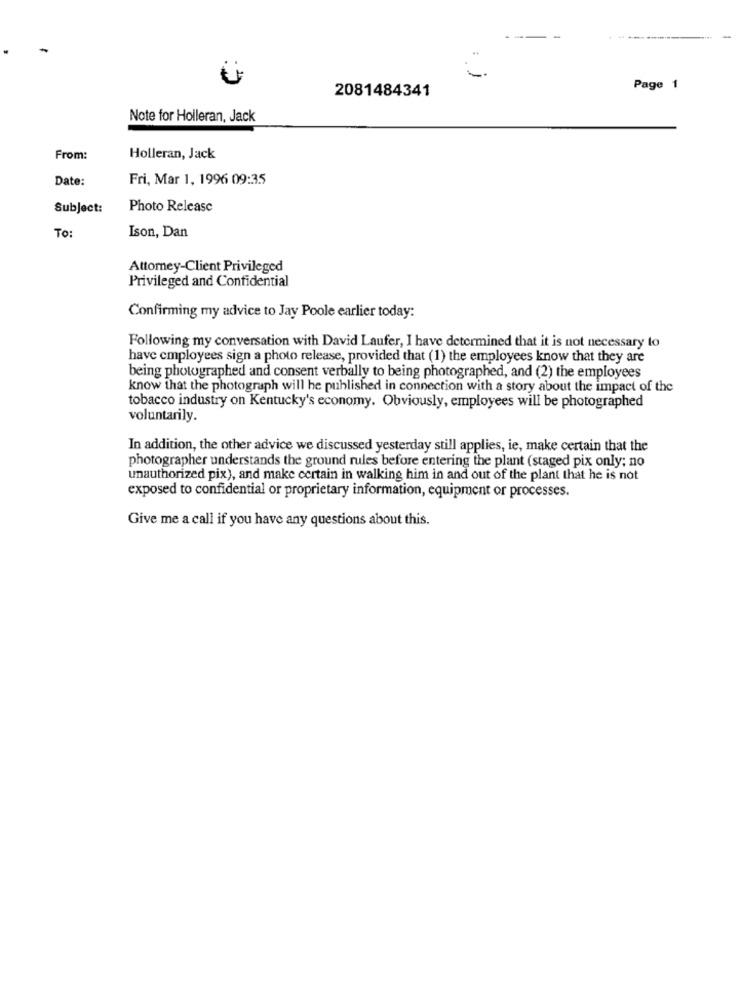
-.
2081484341
Page 1
Note for Holleran, Jack
From:
Holleran, Jack
Date:
Fri, Mar 1, 1996 09:35
Subject:
Photo Release
Ison, Dan
To:
Attorney-Client Privileged
Privileged and Confidential
Confirming my advice to Jay Poole earlier today:
Following my conversation with David Laufer, I have determined that it is not necessary to
have employees sign a photo release, provided that (1) the employees know that they are
being photographed and consent verbally to being photographed, and (2) the employees
know that the photograph will he published in connection with a story about the impact of the
tobacco industry on Kentucky's economy. Obviously, employees will be photographed
voluntarily.
In addition, the other advice we discussed yesterday still applies, ie, make certain that the
photographer understands the ground rules before entering the plant (staged pix only; no
unauthorized pix), and make certain in walking him in and out of the plant that he is not
exposed to confidential or proprietary information, equipment or processes.
Give me a call if you have any questions about this.